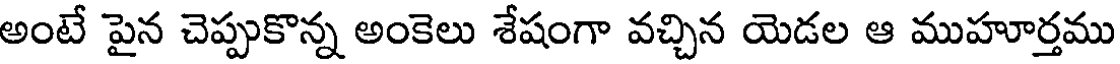
అంటే పైన చెప్పుకొన్న అంకెలు శేషంగా వచ్చిన యెడల ఆ ముహూర్తము